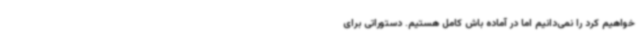
خواهیم کرد را نمی‌دانیم اما در آماده باش کامل هستیم. دستوراتی برای